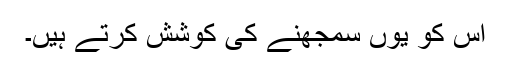
اس کو یوں سمجھنے کی کوشش کرتے ہیں۔